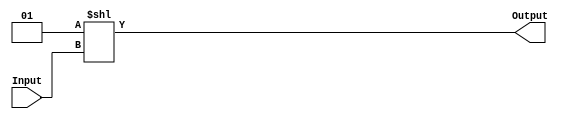
module OneHotEncoder #(
	parameter N = 3, Level= 1'b1
) (
	Input, Output
);
	localparam COUNT = 2**N;

	input [N-1:0] Input;
	output [COUNT-1:0] Output;

	assign Output = 2**Input;
endmodule